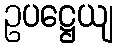
ဥပဋ္ဌေယျ